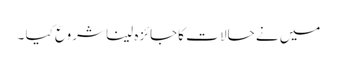
میں نے حالا ت کاجائزہ لینا شروع کیا ۔